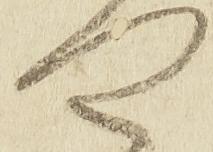
や